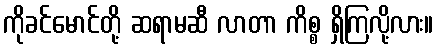
ကိုခင်မောင်တို့ ဆရာမဆီ လာတာ ကိစ္စ ရှိကြလို့လား။